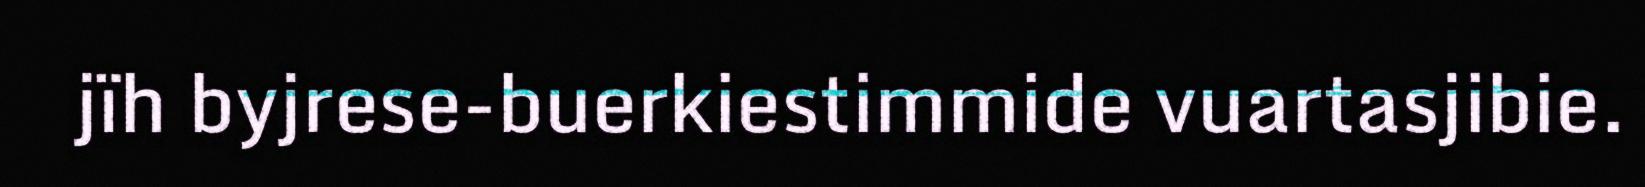
jïh byjrese-buerkiestimmide vuartasjibie.